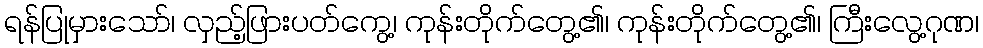
ရန်ပြုမှားသော်၊ လှည့်ဖြားပတ်ကွေ့၊ ကုန်းတိုက်တွေ့၏၊ ကုန်းတိုက်တွေ့၏၊ ကြီးလွေ့ဂုဏ၊